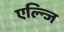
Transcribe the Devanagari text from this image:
एल्न्जि